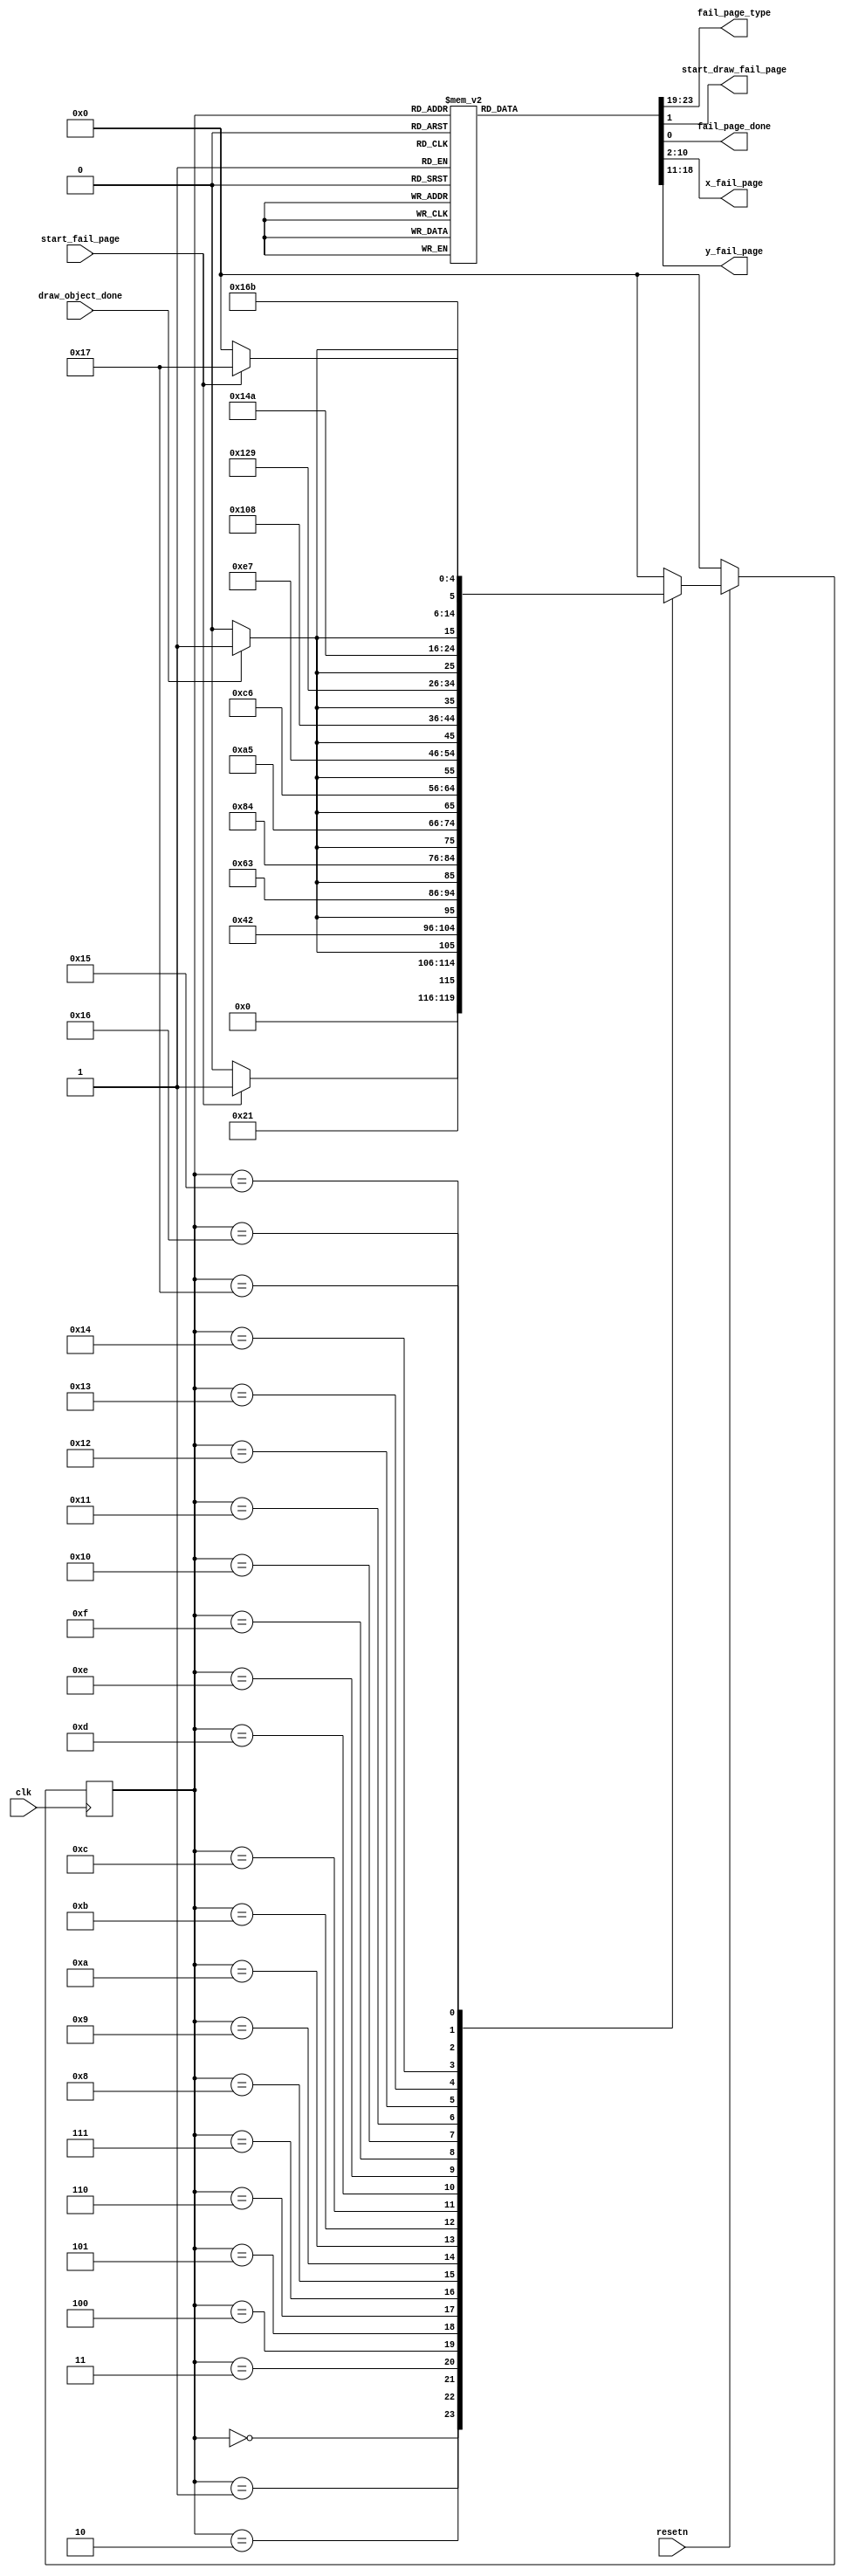

module draw_fail_page_control(
    input clk,
    input resetn,
    input start_fail_page,
    input draw_object_done,

    output reg [4:0] fail_page_type,
    output reg start_draw_fail_page, fail_page_done,
    output reg [8:0] x_fail_page,
    output reg [7:0] y_fail_page
	
    );

    reg [4:0] current_state, next_state; 

    localparam  S_WAIT_FOR_COMMAND		= 5'd0,
		S_LOAD_L1			= 5'd1,
		S_DRAW_L1			= 5'd2,
		S_LOAD_E1			= 5'd3,
		S_DRAW_E1			= 5'd4,
		S_LOAD_V			= 5'd5,
		S_DRAW_V			= 5'd6,
		S_LOAD_E2			= 5'd7,
		S_DRAW_E2			= 5'd8,
		S_LOAD_L2			= 5'd9,
		S_DRAW_L2			= 5'd10,
		S_LOAD_F			= 5'd11,
		S_DRAW_F			= 5'd12,
		S_LOAD_A			= 5'd13,
		S_DRAW_A			= 5'd14,
		S_LOAD_I			= 5'd15,
		S_DRAW_I			= 5'd16,
		S_LOAD_L3			= 5'd17,
		S_DRAW_L3			= 5'd18,
		S_LOAD_E3			= 5'd19,
		S_DRAW_E3			= 5'd20,		
		S_LOAD_D			= 5'd21,
		S_DRAW_D			= 5'd22,
		
		S_DONE_DRAW_FAIL_PAGE	= 5'd23;  
					 

    // Next state logic aka our state table
    always@(*)
    begin: state_table 
		case (current_state)
					
			S_WAIT_FOR_COMMAND: next_state = start_fail_page? S_LOAD_L1: S_WAIT_FOR_COMMAND;

			S_LOAD_L1: next_state = S_DRAW_L1;
			S_DRAW_L1: next_state = draw_object_done? S_LOAD_E1: S_DRAW_L1;			
			S_LOAD_E1: next_state = S_DRAW_E1;		
			S_DRAW_E1: next_state = draw_object_done? S_LOAD_V: S_DRAW_E1;		
			S_LOAD_V: next_state = S_DRAW_V;		
			S_DRAW_V: next_state = draw_object_done? S_LOAD_E2: S_DRAW_V;				
			S_LOAD_E2: next_state = S_DRAW_E2;		
			S_DRAW_E2: next_state = draw_object_done? S_LOAD_L2: S_DRAW_E2;			
			S_LOAD_L2: next_state = S_DRAW_L2;		
			S_DRAW_L2: next_state = draw_object_done? S_LOAD_F: S_DRAW_L2;			
			S_LOAD_F: next_state = S_DRAW_F;			
			S_DRAW_F: next_state = draw_object_done? S_LOAD_A: S_DRAW_F;			
			S_LOAD_A: next_state = S_DRAW_A;			
			S_DRAW_A: next_state = draw_object_done? S_LOAD_I: S_DRAW_A;			
			S_LOAD_I: next_state = S_DRAW_I;			
			S_DRAW_I: next_state = draw_object_done? S_LOAD_L3: S_DRAW_I;				
			S_LOAD_L3: next_state = S_DRAW_L3;			
			S_DRAW_L3: next_state = draw_object_done? S_LOAD_E3: S_DRAW_L3;			
			S_LOAD_E3: next_state = S_DRAW_E3;			
			S_DRAW_E3: next_state = draw_object_done? S_LOAD_D: S_DRAW_E3;				
			S_LOAD_D: next_state = S_DRAW_D;		
			S_DRAW_D: next_state = draw_object_done? S_DONE_DRAW_FAIL_PAGE: S_DRAW_D;				


			S_DONE_DRAW_FAIL_PAGE: next_state = start_fail_page? S_DONE_DRAW_FAIL_PAGE: S_WAIT_FOR_COMMAND;					
			
            default:   next_state = S_WAIT_FOR_COMMAND;
        endcase
    end // state_table
   

    // Output logic aka all of our datapath control signals
    always @(*)
    begin: enable_signals
        // By default make all our signals 0

    		start_draw_fail_page = 1'b0;
		fail_page_done = 1'b0;	
		x_fail_page = 9'b0;
     		y_fail_page = 8'b0;
		fail_page_type = 5'd0;

        case (current_state)
		  
		S_DRAW_L1: begin
			start_draw_fail_page = 1'b1;
			x_fail_page = 9'd121;
			y_fail_page = 8'd91;
			fail_page_type = 5'd21; 		
		end

		S_DRAW_E1: begin
			start_draw_fail_page = 1'b1;
			x_fail_page = 9'd133;
			y_fail_page = 8'd91;
			fail_page_type = 5'd17; 
		end

		S_DRAW_V: begin
			start_draw_fail_page = 1'b1;
			x_fail_page = 9'd145;
			y_fail_page = 8'd91;
			fail_page_type = 5'd28;  
		end

		S_DRAW_E2: begin
			start_draw_fail_page = 1'b1;
			x_fail_page = 9'd157;
			y_fail_page = 8'd91;
			fail_page_type = 5'd17; 
		end

		S_DRAW_L2: begin
			start_draw_fail_page = 1'b1;
			x_fail_page = 9'd169;
			y_fail_page = 8'd91;
			fail_page_type = 5'd21; 
		end

		S_DRAW_F: begin
			start_draw_fail_page = 1'b1;
			x_fail_page = 9'd117;
			y_fail_page = 8'd115;
			fail_page_type = 5'd18; 
		end

		S_DRAW_A: begin
			start_draw_fail_page = 1'b1;
			x_fail_page = 9'd129;
			y_fail_page = 8'd115;
			fail_page_type = 5'd15; 
		end

		S_DRAW_I: begin
			start_draw_fail_page = 1'b1;
			x_fail_page = 9'd141;
			y_fail_page = 8'd115;
			fail_page_type = 5'd20; 
		end

		S_DRAW_L3: begin
			start_draw_fail_page = 1'b1;
			x_fail_page = 9'd147;
			y_fail_page = 8'd115;
			fail_page_type = 5'd21; 
		end

		S_DRAW_E3: begin
			start_draw_fail_page = 1'b1;
			x_fail_page = 9'd159;
			y_fail_page = 8'd115;
			fail_page_type = 5'd17; 
		end

		S_DRAW_D: begin
			start_draw_fail_page = 1'b1;
			x_fail_page = 9'd171;
			y_fail_page = 8'd115;
			fail_page_type = 5'd30; 
		end

		
		S_DONE_DRAW_FAIL_PAGE: fail_page_done = 1'b1;
		 

        // default:    // don't need default since we already made sure all of our outputs were assigned a value at the start of the always block
        endcase
    end // enable_signals
   
    // current_state registers
    always@(posedge clk)
    begin: state_FFs
        if(!resetn)
            current_state <= S_WAIT_FOR_COMMAND;
        else
            current_state <= next_state;
    end // state_FFS
	 
endmodule